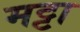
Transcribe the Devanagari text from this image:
मट्टा